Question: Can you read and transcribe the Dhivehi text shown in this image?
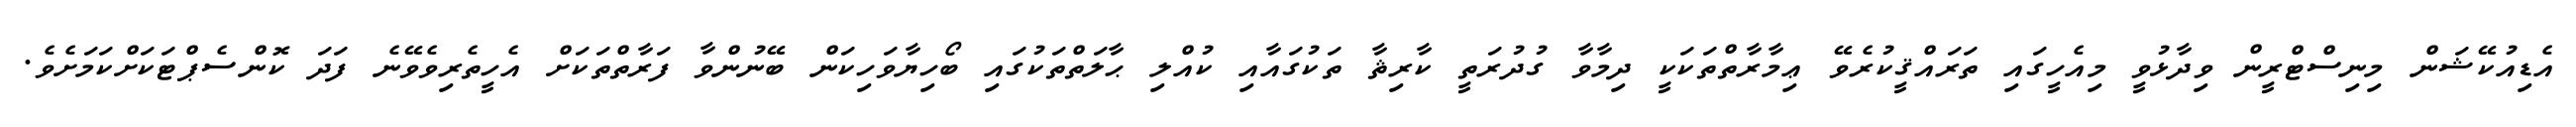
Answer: އެޑިއުކޭޝަން މިނިސްޓްރީން ވިދާޅުވީ މިއެހީގައި ތަރައްޤީކުރެވޭ ޢިމާރާތްތަކަކީ ދިމާވާ ގުދުރަތީ ކާރިޘާ ތަކުގައާއި ކުއްލި ޙާލަތްތަކުގައި ބޯހިޔާވަހިކަން ބޭނުންވާ ފަރާތްތަކަށް އެހީތެރިވެވޭނެ ފަދަ ކޮންސެޕްޓަކަށްކަމަށެވެ.